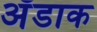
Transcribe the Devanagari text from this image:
अँडाक